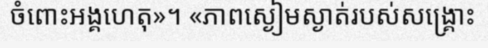
ចំពោះអង្គហេតុ»។ «ភាពស្ងៀមស្ងាត់របស់សង្គ្រោះ